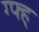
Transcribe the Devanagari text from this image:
ग्फ्ह्